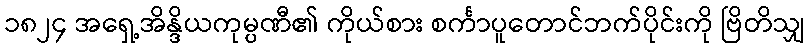
၁၈၂၄ အရှေ့အိန္ဒိယကုမ္ပဏီ၏ ကိုယ်စား စင်္ကာပူတောင်ဘက်ပိုင်းကို ဗြိတိသျှ